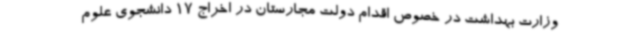
وزارت بهداشت در خصوص اقدام دولت مجارستان در اخراج 17 دانشجوی علوم